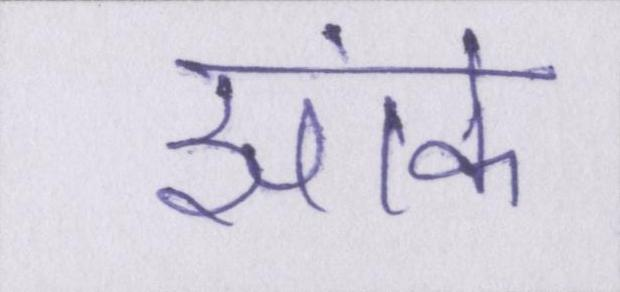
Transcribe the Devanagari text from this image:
झांके